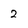
Character: 2